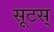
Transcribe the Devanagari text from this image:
सूटस्